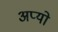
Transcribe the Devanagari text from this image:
अप्यो